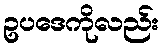
ဥပဒေကိုလည်း